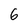
Character: 6